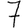
Digit: 7